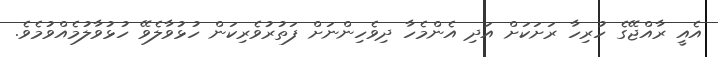
އެއީ ރާއްޖޭގެ ހުރިހާ ރަށަކަށް އަދި އެންމެހާ ދިވެހިންނަށް ފަތުރުވެރިކަން ހުޅުވާލެވޭ ހުޅުވާލުމެއްވުމެވެ.